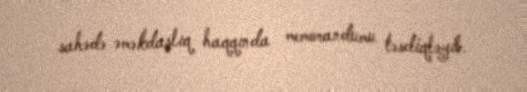
sahədə əməkdaşlıq haqqında memorandumu təsdiqləyib.